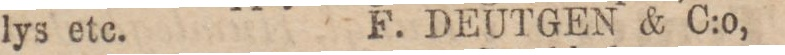
lys etc. F. DEUTGEN & C:o,